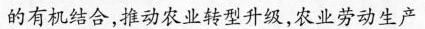
的有机结合，推动农业转型升级，农业劳动生产